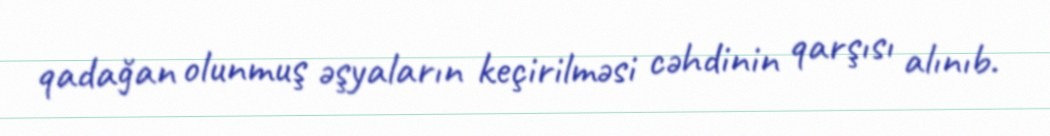
qadağan olunmuş əşyaların keçirilməsi cəhdinin qarşısı alınıb.